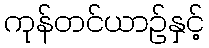
ကုန်တင်ယာဉ်နှင့်